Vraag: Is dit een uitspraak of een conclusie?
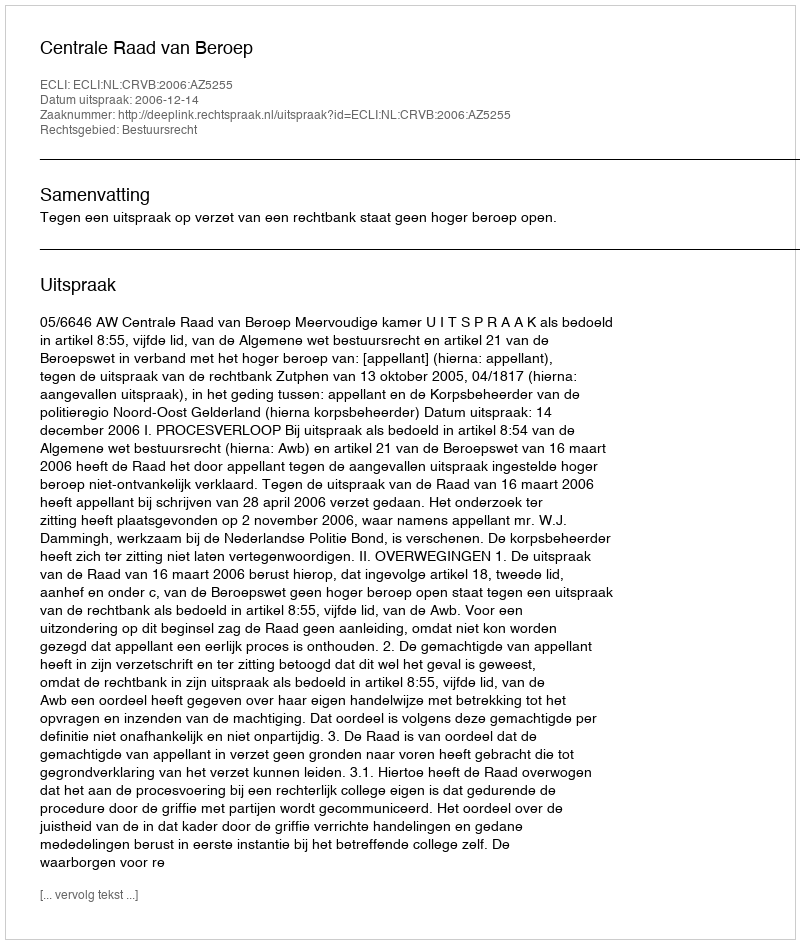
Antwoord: Uitspraak